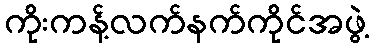
ကိုးကန့်လက်နက်ကိုင်အဖွဲ့